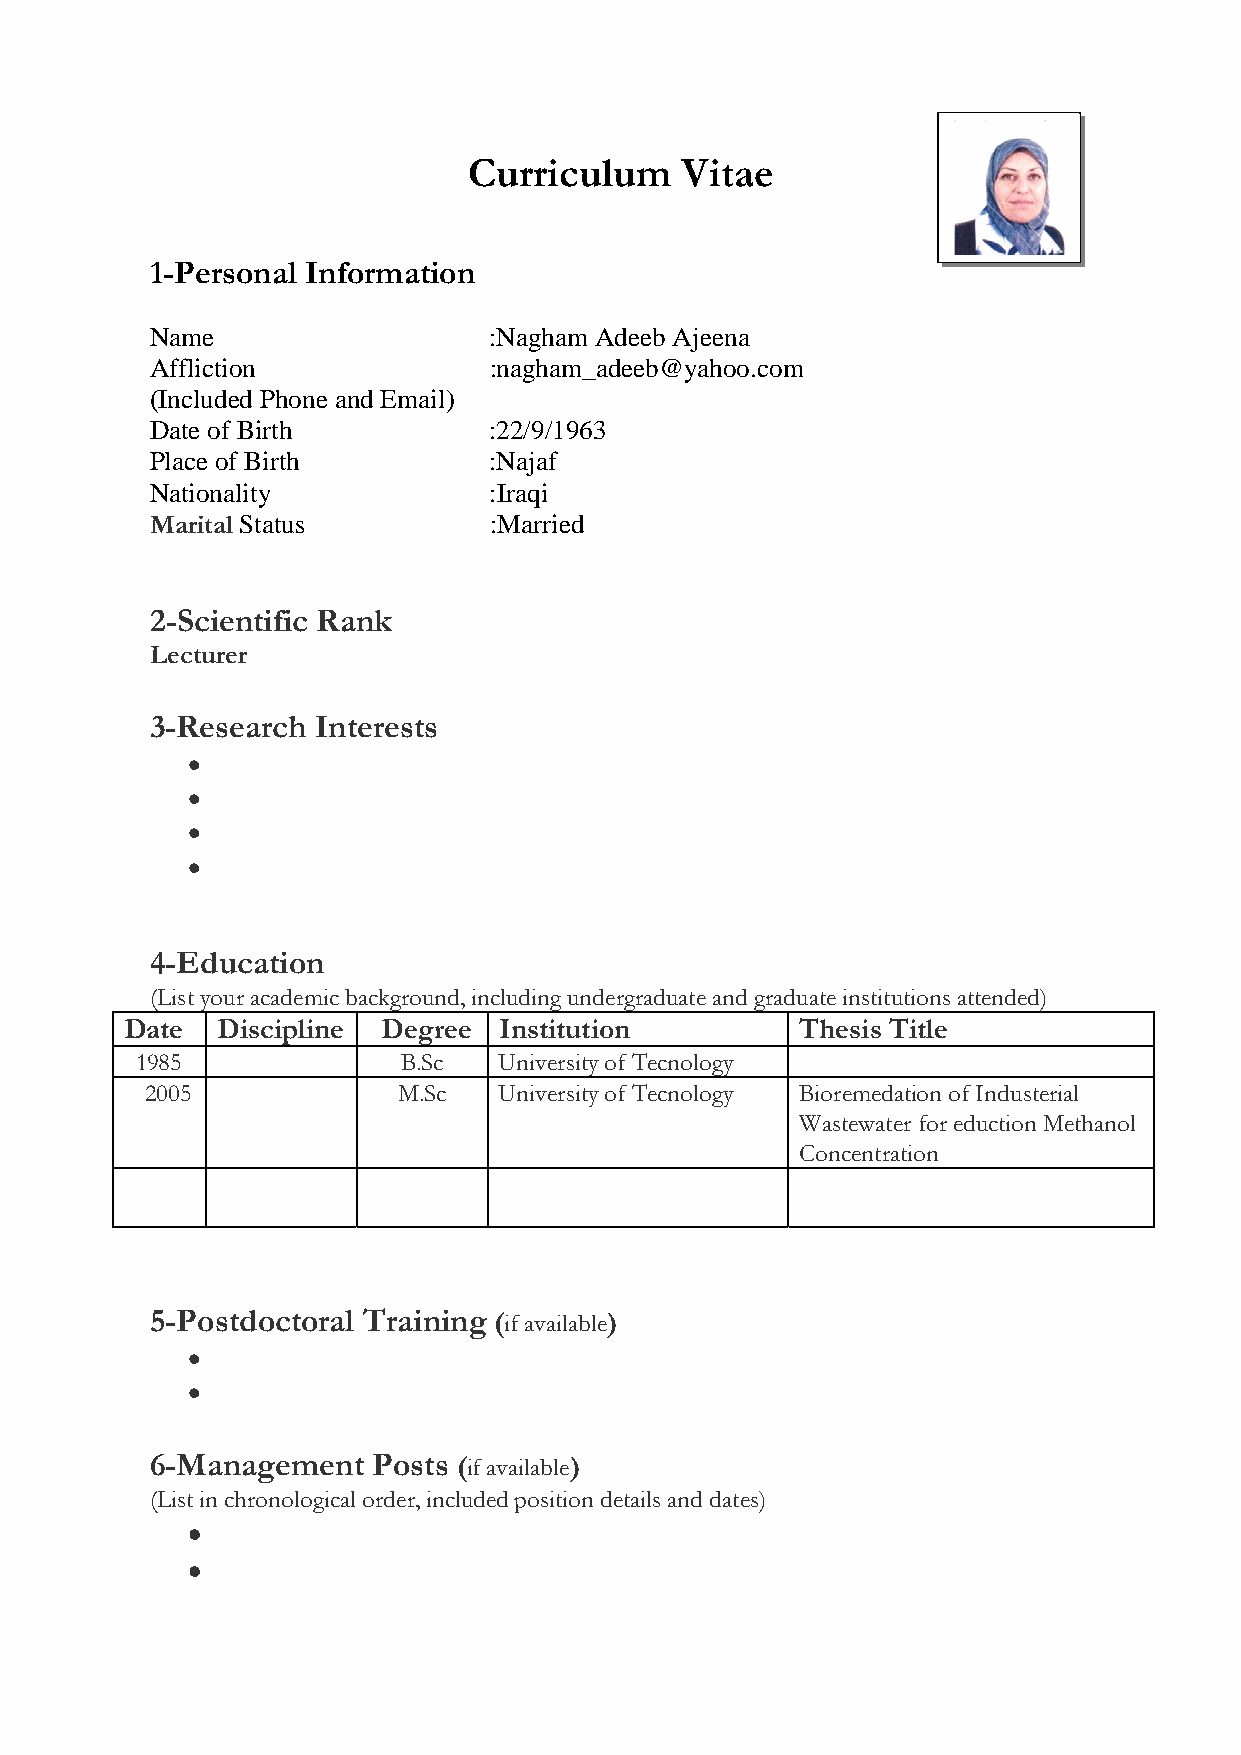
Curriculum    Vitae
 1-Personal Information
 Name                  :Nagham Adeeb Ajeena
 Affliction            :nagham_adeeb@yahoo.com
 (Included Phone and Email)
 Date of Birth         :22/9/1963
 Place of Birth        :Najaf
 Nationality           :Iraqi
 Marital Status        :Married
 2-Scientific Rank
 Lecturer
 3-Research Interests
 
 
 
 
 4-Education
 (List your academic background, including undergraduate and graduate institutions attended)
 Date  Discipline Degree  Institution         Thesis Title
 1985             B.Sc   University of Tecnology
 2005            M.Sc   University of Tecnology Bioremedation of Industerial
 Wastewater for eduction Methanol
 Concentration
 5-Postdoctoral Training (if available)
 
 
 6-Management   Posts (if available)
 (List in chronological order, included position details and dates)
 
 